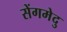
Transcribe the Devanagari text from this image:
सेंगमेदु